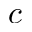
c